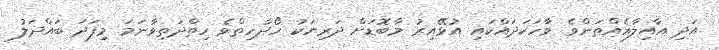
އަދި އާއިލާއެއްތަންވެ ވާހަކަދައްކައި އުޅޭއިރު މާބޮޑަށް ދަރިޔަކު ހޯދާހިތްވެ ހިތްދަތިވާނަމަ މިފަދަ ބައްދަލު